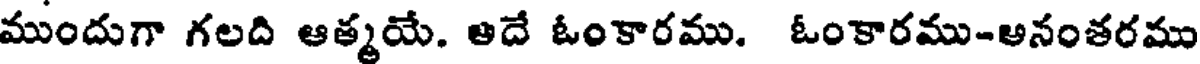
ముందుగా గలది ఆత్మయే. అదే ఓంకారము. ఓంకారము-అనంతరము